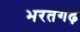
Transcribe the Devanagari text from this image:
भरतगढ़